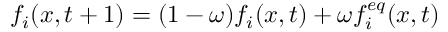
f _ { i } ( x , t + 1 ) = ( 1 - \omega ) f _ { i } ( x , t ) + \omega f _ { i } ^ { e q } ( x , t )